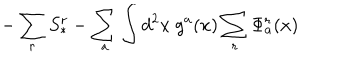
LaTeX: { - \sum _ { r } S _ { * } ^ { r } - \sum _ { a } \int d ^ { 2 } x ~ g ^ { a } ( x ) \sum _ { r } \Phi _ { a } ^ { r } ( x ) }